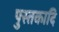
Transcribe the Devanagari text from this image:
पुस्तकादि